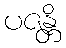
ပဇန္တိ